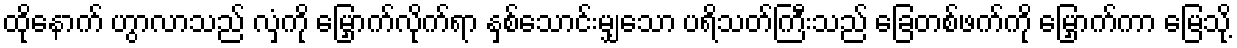
ထိုနောက် ဟွာလာသည် လှံကို မြှောက်လိုက်ရာ နှစ်သောင်းမျှသော ပရိသတ်ကြီးသည် ခြေတစ်ဖက်ကို မြှောက်ကာ မြေသို့